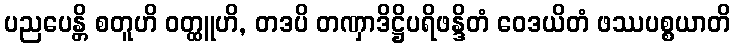
ပညပေန္တိ စတူဟိ ဝတ္ထူဟိ, တဒပိ တဏှာဒိဋ္ဌိပရိဖန္ဒိတံ ဝေဒယိတံ ဖဿပစ္စယာတိ